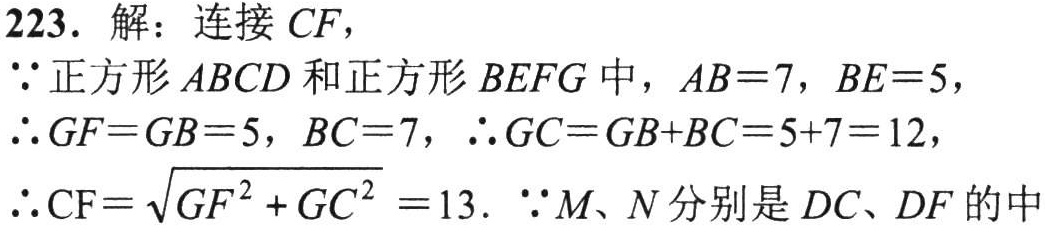
223. 解：连接\(CF\)，
\(\because\)正方形\(ABCD\)和正方形\(BEFG\)中，\(AB = 7\)，\(BE = 5\)，
\(\therefore GF = GB = 5\)，\(BC = 7\)，\(\therefore GC=GB + BC=5 + 7 = 12\)，
\(\therefore CF=\sqrt{GF^{2}+GC^{2}} = 13\). \(\because M、N\)分别是\(DC、DF\)的中